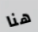
هنا